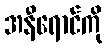
အနီရောင်ကို